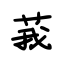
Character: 莪